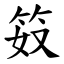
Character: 笯